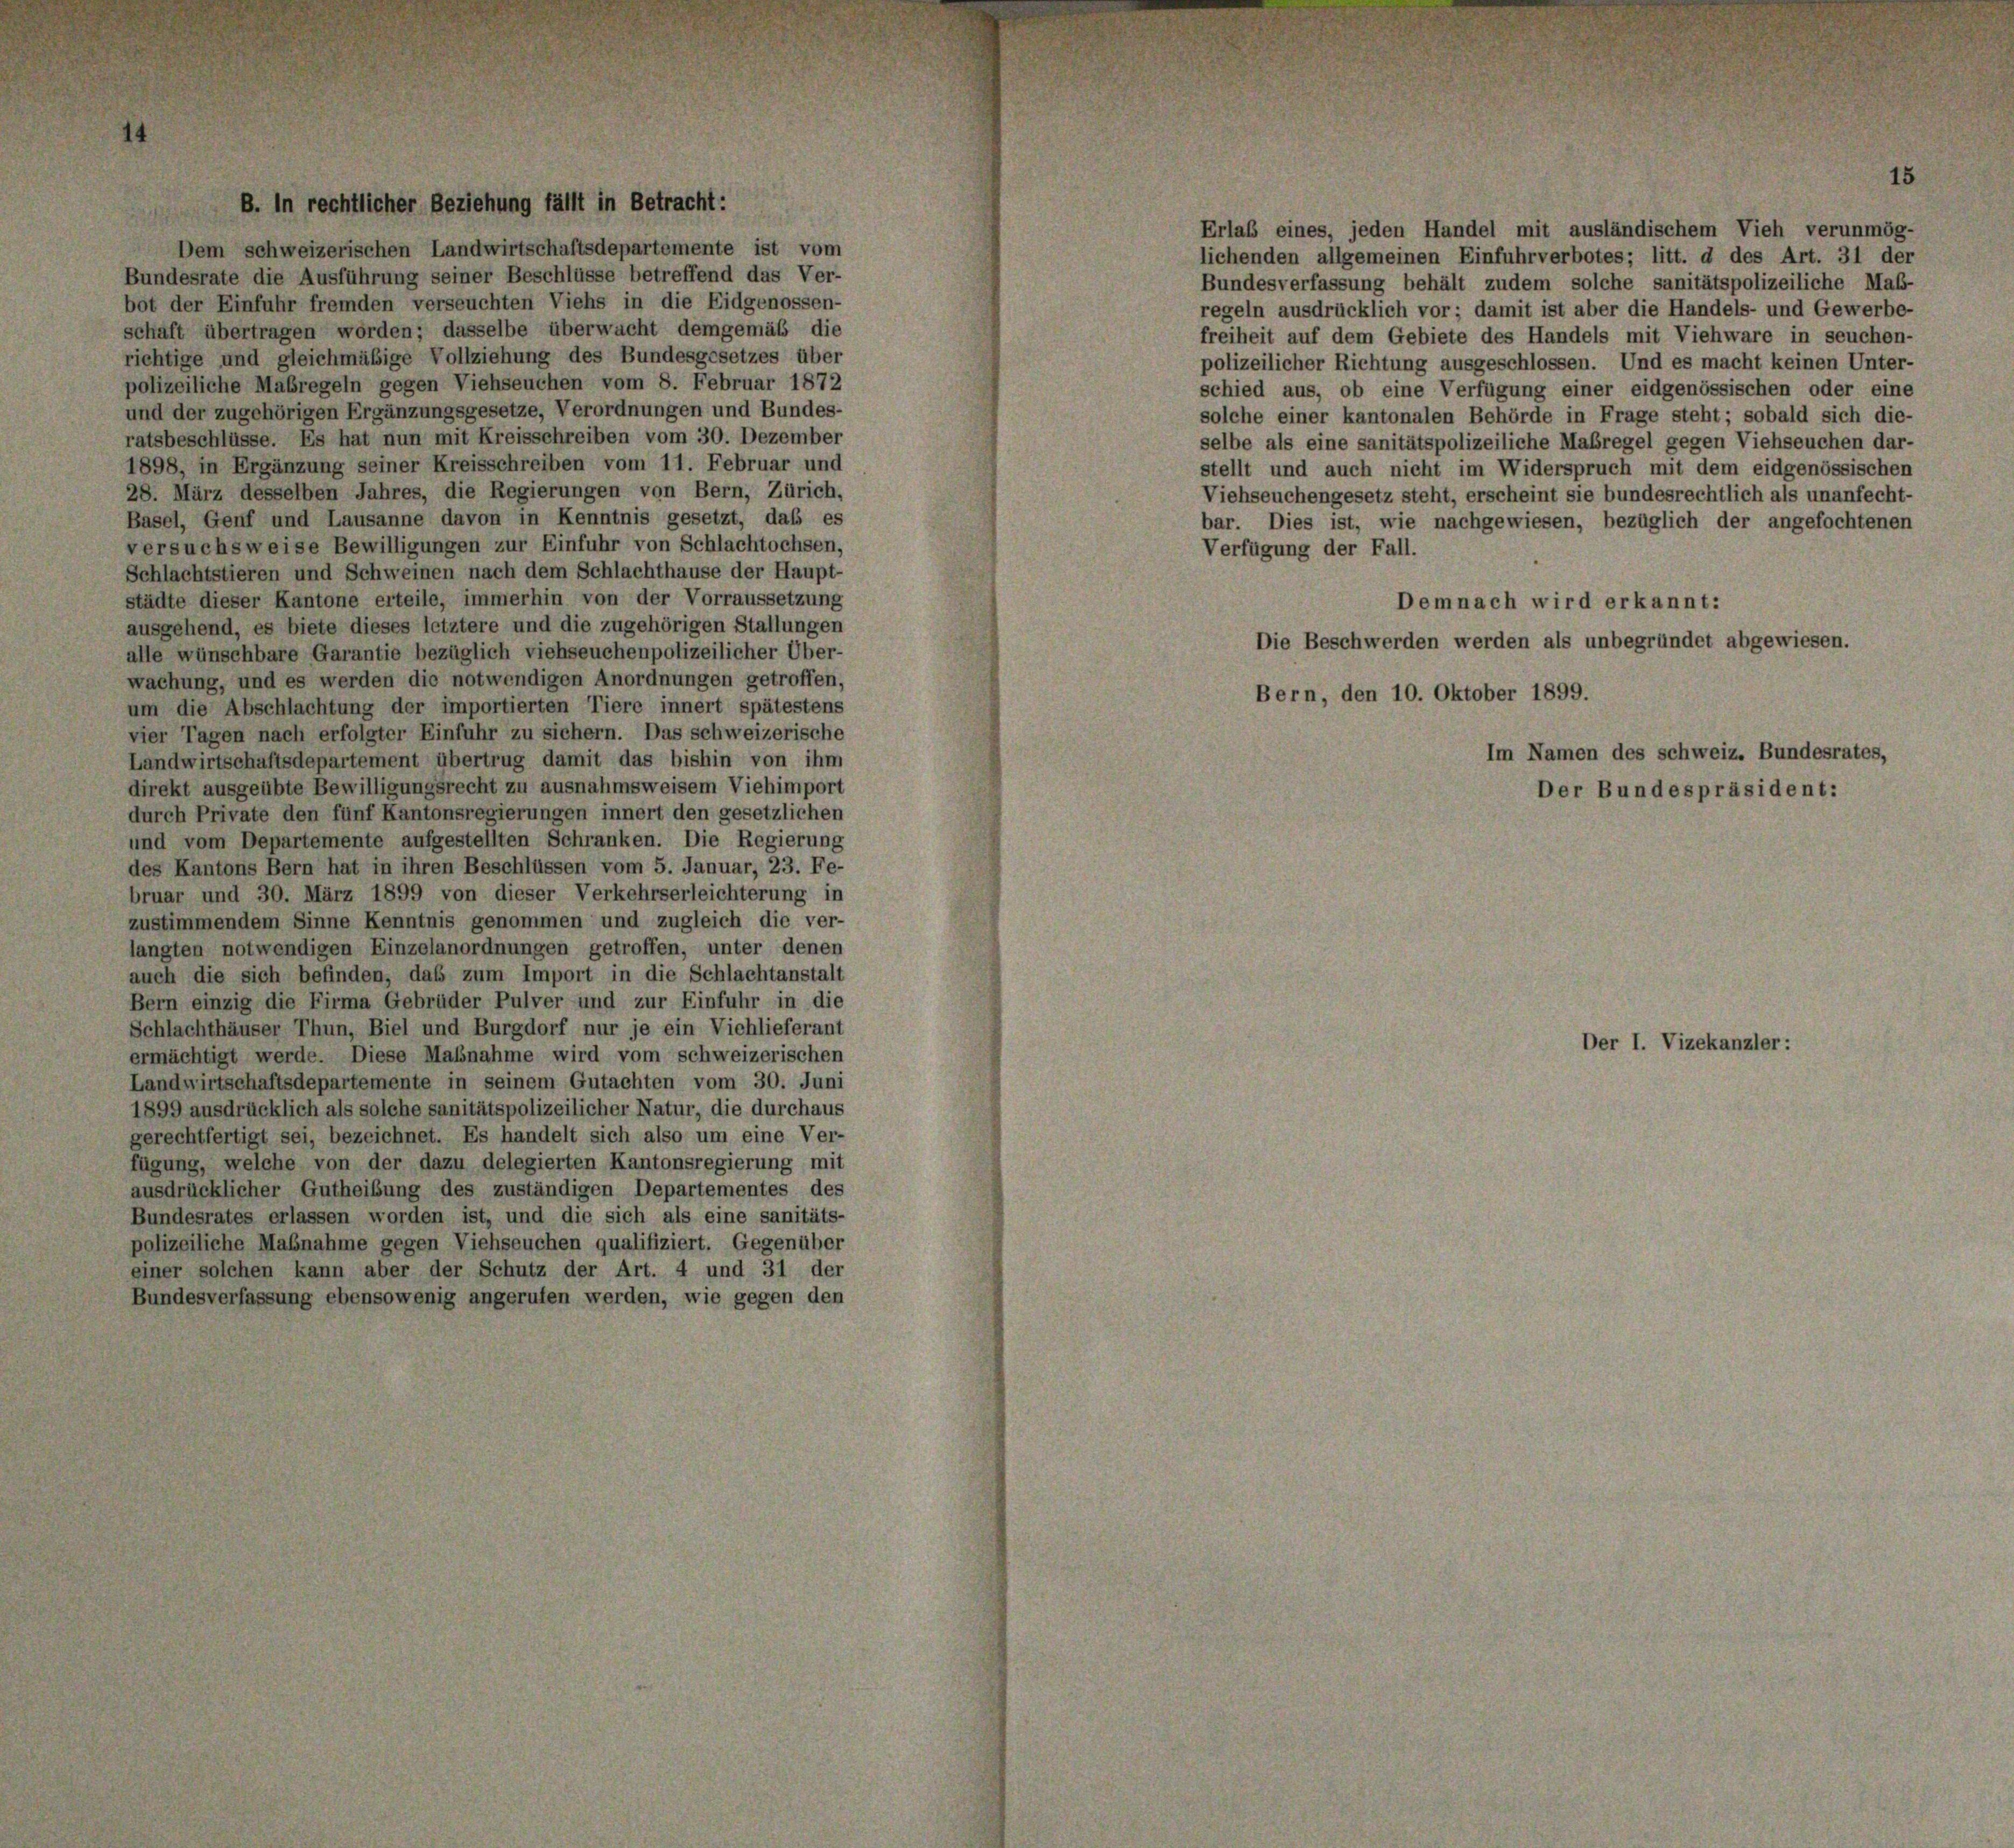
.

.

Dem schweizerischen Landwirtschaftsdepartemente ist vom
Bundesrate die Ausführung seiner Beschlüsse betreffend das Ver-
bot der Einfuhr fremden verseuchten Viehs in die Eidgenossen-
schaft übertragen worden; dasselbe überwacht demgemäß die
richtige und gleichmäßige Vollziehung des Bundesgesetzes über
polizeiliche Mabregeln gegen Viehseuchen vom 8. Februar 1872
und der zugehörigen Ergänzungsgesetze, Verordnungen und Bundes-
ratsbeschlüsse. Es hat nun mit Kreisschreiben vom 30. Dezember
1898, in Ergänzung seiner Kreisschreiben vom 11. Februar und
28. März desselben Jahres, die Regierungen von Bern, Zürich,
Basel, Genf und Lausanne davon in Kenntnis gesetzt, daß es
versuchsweise Bewilligungen zur Einfuhr von Schlachtochsen,
Schlachtstieren und Schweinen nach dem Schlachthause der Haupt-
städte dieser Kantone erteile, immerhin von der Vorraussetzung
ausgehend, es biete dieses letztere und die zugehörigen Stallungen
alle wünschbare Garantie bezüglich viehseuchenpolizeilicher Über-
wachung, und es werden die notwendigen Anordnungen getroffen,
um die Abschlachtung der importierten Tiere innert spätestens
vier Tagen nach erfolgter Einfuhr zu sichern. Das schweizerische
Landwirtschaftsdepartement übertrug damit das bishin von ihm
direkt ausgeübte Bewilligungsrecht zu ausnahmsweisem Viehimport
durch Private den fünf Kantonsregierungen innert den gesetzlichen
und vom Departemente aufgestellten Schranken. Die Regierung
des Kantons Bern hat in ihren Beschlüssen vom 5. Januar, 23. Fe-
bruar und 30. März 1899 von dieser Verkehrserleichterung in
zustimmendem Sinne Kenntnis genommen und zugleich die ver-
langten notwendigen Einzelanordnungen getroffen, unter denen
auch die sich befinden, daß zum Import in die Schlachtanstalt
Bern einzig die Firma Gebrüder Pulver und zur Einfuhr in die
Schlachthäuser Thun, Biel und Burgdorf nur je ein Vichlieferant
ermächtigt werde. Diese Maßnahme wird vom schweizerischen
Landwirtschaftsdepartemente in seinem Gutachten vom 30. Juni
1899 ausdrücklich als solche sanitätspolizeilicher Natur, die durchaus
gerechtfertigt sei, bezeichnet. Es handelt sich also um eine Ver-
fügung, welche von der dazu delegierten Kantonsregierung mit
ausdrücklicher Gutheibung des zuständigen Departementes des
Bundesrates erlassen worden ist, und die sich als eine sanitäts-
polizeiliche Maßnahme gegen Viehseuchen qualifiziert. Gegenüber
einer solchen kann aber der Schutz der Art. 4 und 31 der
Bundesverfassung ebensowenig angerufen werden, wie gegen den

Be¬

g fällt in Betracht:

Erlaß eines, jeden Handel mit ausländischem Vieh verunmög-
lichenden allgemeinen Einfuhrverbotes; litt. d des Art. 31 der
Bundesverfassung behält zudem solche sanitätspolizeiliche Maß-
regeln ausdrücklich vor; damit ist aber die Handels- und Gewerbe-
freiheit auf dem Gebiete des Handels mit Viehware in seuchen-
polizeilicher Richtung ausgeschlossen. Und es macht keinen Unter-
schied aus, ob eine Verfügung einer eidgenössischen oder eine
solche einer kantonalen Behörde in Frage steht; sobald sich die-
selbe als eine sanitätspolizeiliche Maßregel gegen Viehseuchen dar-
stellt und auch nicht im Widerspruch mit dem eidgenössischen
Viehseuchengesetz steht, erscheint sie bundesrechtlich als unanfecht-
bar. Dies ist, wie nachgewiesen, bezüglich der angefochtenen
Verfügung der Fall.
Demnach wird erkannt:
Die Beschwerden werden als unbegründet abgewiesen.
Bern, den 10. Oktober 1899.
Im Namen des schweiz. Bundesrates,
Der Bundespräsident:

Der I. Vizekanzler